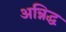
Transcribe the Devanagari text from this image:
अन्निद्ध